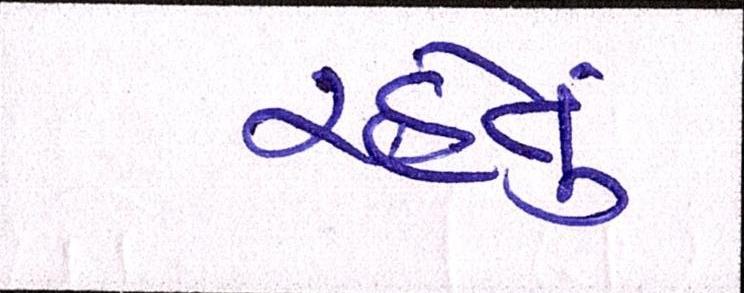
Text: રહેતું